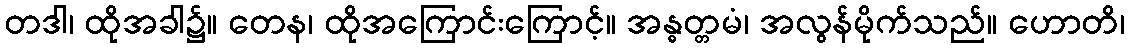
တဒါ၊ ထိုအခါ၌။ တေန၊ ထိုအကြောင်းကြောင့်။ အန္ဓတ္တမံ၊ အလွန်မိုက်သည်။ ဟောတိ၊